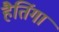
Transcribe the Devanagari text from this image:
हैतिंगा